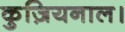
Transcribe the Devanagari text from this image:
कुज़ियनाल।